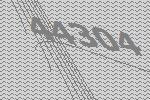
44304